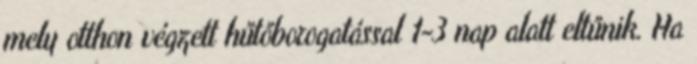
mely otthon végzett hűtőborogatással 1-3 nap alatt eltűnik. Ha